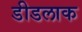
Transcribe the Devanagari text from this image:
डीडलाक